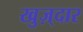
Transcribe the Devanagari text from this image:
खुज़्दार